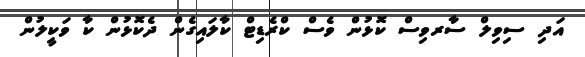
އަދި ސިވިލް ސާރވިސް ކޮޅުން ވެސް ކްރެޑިޓް ކާލައިގެން ދެކޮޅުން ކާ ވަކީލުން